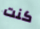
كنت